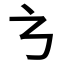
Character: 𭚥